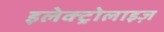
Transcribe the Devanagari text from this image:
इलेक्ट्रोलाइज़